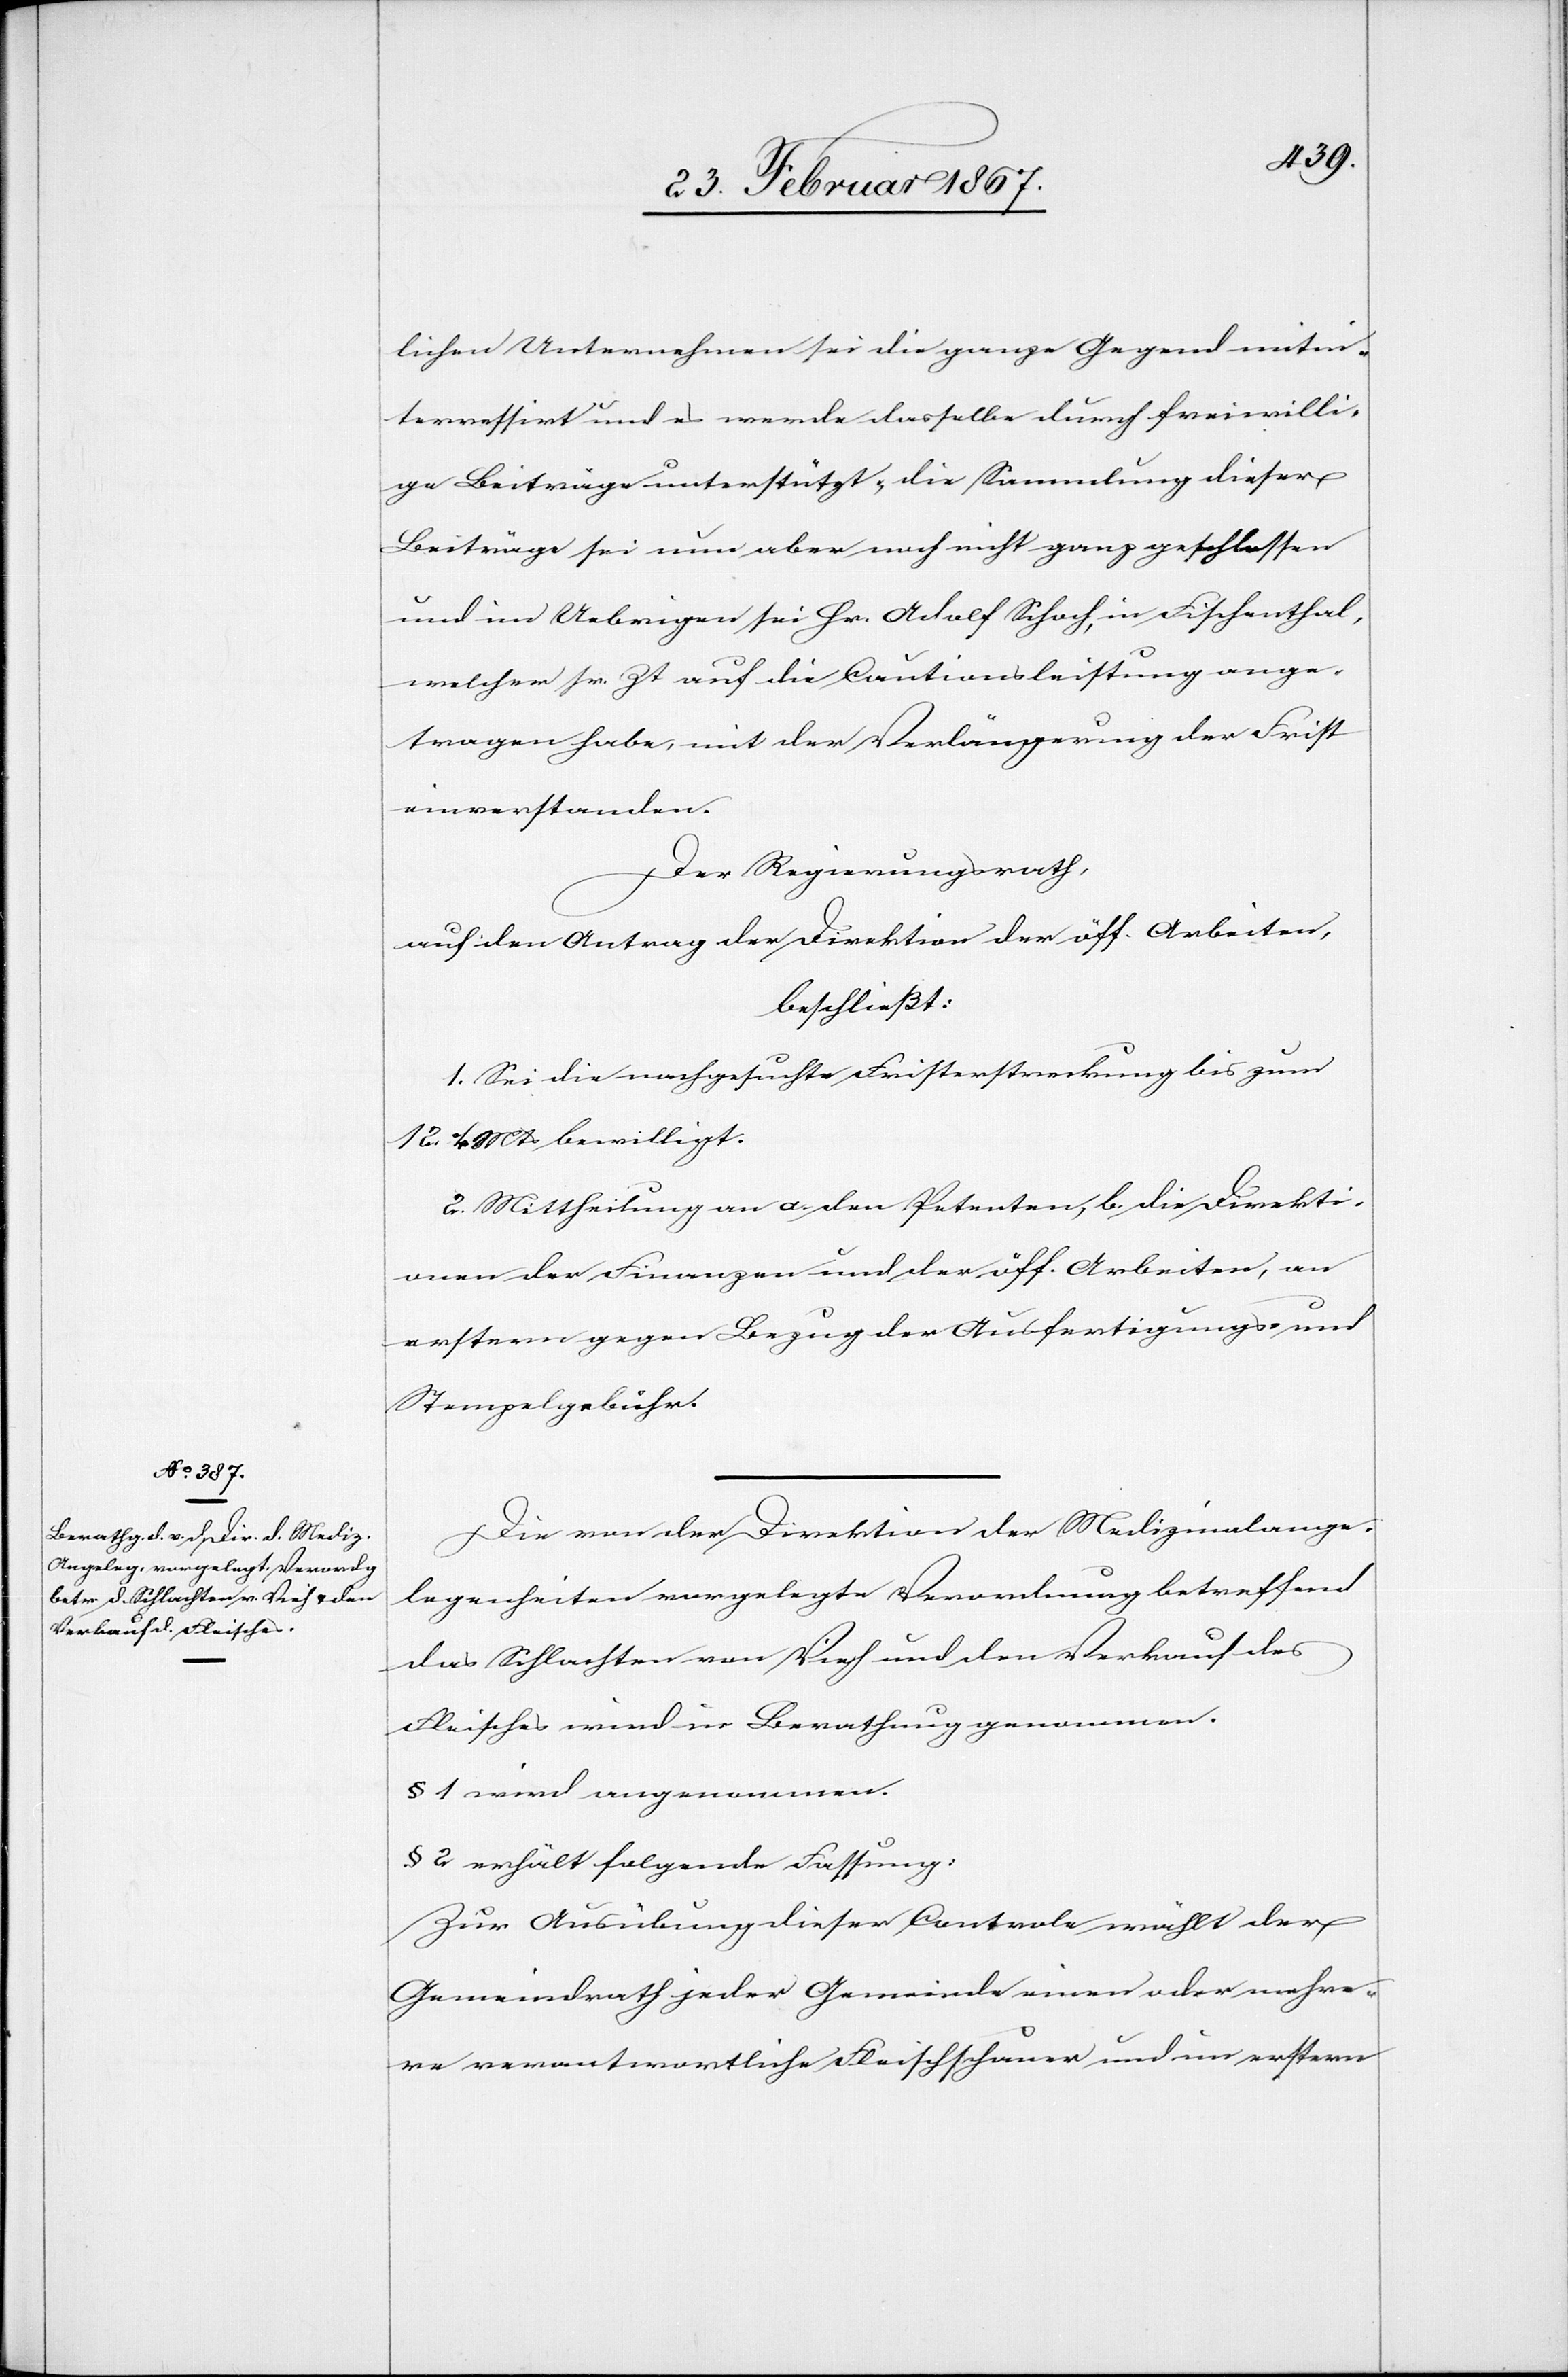
lichen Unternehmen sei die ganze Gegend mitin¬
terressirt und es werde dasselbe durch freiwilli¬
ge Beiträge unterstützt, die Sammlung dieser
Beiträge sei nun aber noch nicht ganz geschlossen
und im Uebrigen sei Hr. Adolf Schoch, in Fischenthal,
welcher sr. Zt auf die Cautionsleistung ange¬
tragen habe, mit der Verlängerung der Frist
einverstanden.
Der Regierungsrath,
auf den Antrag der Direktion der öff. Arbeiten,
beschließt:
1. Sei die nachgesuchte Fristerstreckung bis zum
12. [d. n.?] Mts bewilligt.
2. Mittheilung an a. den Petenten, b. die Direkti¬
on der Finanzen und der öff. Arbeiten, an
erstern gegen Bezug der Ausfertigungs- und
Stempelgebühr.
Die von der Direktion der Medizinalange¬
legenheiten vorgelegte Verordnung betreffend
das Schlachten von Vieh und den Verkauf des
Fleisches wird in Berathung genommen.
§ 1 wird angenommen.
§ 2 erhält folgende Fassung:
Zur Ausübung dieser Controle wählt der
Gemeindrath jeder Gemeinde einen oder mehre¬
re verantwortliche Fleischschauer und im erstern